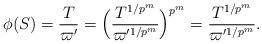
LaTeX: \begin{align*} \phi(S)=\frac{T}{\varpi'}=\Bigl(\frac{T^{1/p^m}}{\varpi'^{1/p^m}}\Bigr)^{p^m}=\frac{T^{1/p^m}}{\varpi'^{1/p^m}}. \end{align*}